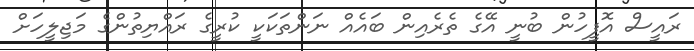
ރައީސް އޮފީހުން ބުނީ އޭގެ ތެރެއިން ބައެއް ނަންތަކަކީ ކުރީގެ ރައްޔިތުންގެ މަޖިލީހަށް